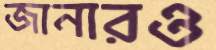
জানারও